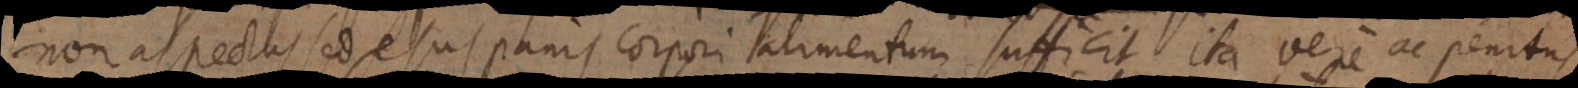
non aspectus sed esus panis corpori alimentum sufficit ita vere ac penitus